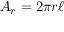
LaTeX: A _ { r } = 2 \pi r \ell